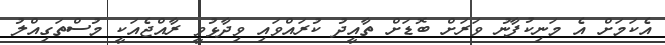
އެކަމަށް އެ މަނިކުފާނު ވަރަށް ބޮޑަށް ތާއީދު ކުރައްވައި ވިދާޅުވީ ރާއްޖެއަކީ މުސްތަގިއްލު